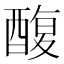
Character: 𮠸